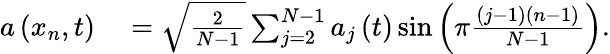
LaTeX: \begin{array}{rl}{a\left(x_{n},t\right)}&{{}=\sqrt{\frac{2}{N-1}}\sum_{j=2}^{N-1}a_{j}\left(t\right)\sin\left(\pi\frac{\left(j-1\right)\left(n-1\right)}{N-1}\right).}\end{array}